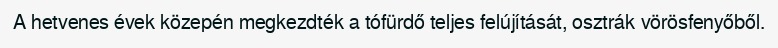
A hetvenes évek közepén megkezdték a tófürdő teljes felújítását, osztrák vörösfenyőből.